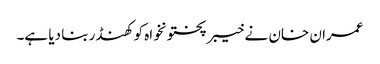
عمران خان نے خیبرپختونخواہ کو کھنڈر بنا دیا ہے۔